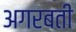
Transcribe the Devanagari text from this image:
अगरबती